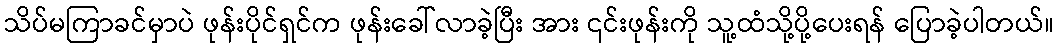
သိပ်မကြာခင်မှာပဲ ဖုန်းပိုင်ရှင်က ဖုန်းခေါ်လာခဲ့ပြီး အား ၎င်းဖုန်းကို သူ့ထံသို့ပို့ပေးရန် ပြောခဲ့ပါတယ်။